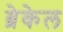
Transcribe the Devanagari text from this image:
ब्रेकेल